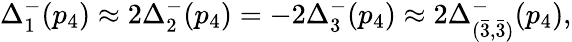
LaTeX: \Delta_{1}^{-}(p_{4})\approx 2\Delta_{2}^{-}(p_{4})=-2\Delta_{3}^{-}(p_{4})\approx 2\Delta_{(\bar{3},\bar{3})}^{-}(p_{4}),